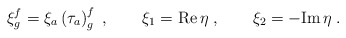
\begin{align*}\xi^f_g= \xi_a \left(\tau_a\right)^f_g\;, \qquad \xi_1={\rm Re}\,\eta\;, \qquad \xi_2=-{\rm Im}\,\eta\;.\end{align*}